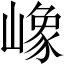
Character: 嶑